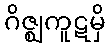
ဂိဇ္ဈကူဋမှိ